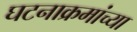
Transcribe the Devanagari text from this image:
घटनाक्रमांच्या